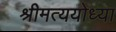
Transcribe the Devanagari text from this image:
श्रीमत्ययोध्या